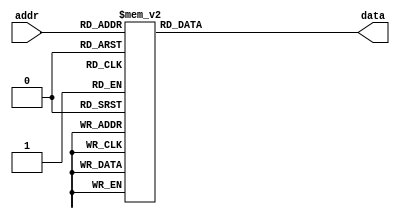
module hash_rom(input wire [2:0] addr,
                output reg [31:0] data );
   // data is the hash of the user's pass
   // addr is the address of where the pass is at aka the user database row number
   
	// Module body
    always@(*) begin
        case(addr)
            3'd0: data = 32'hDC1A2C9E;
            3'd1: data = 32'hDC2EA8E4;
            3'd2: data = 32'h355FACC3;
            3'd3: data = 32'hAAF4ADC9;
            3'd4: data = 32'h13D41CED;
            3'd5: data = 32'h7EBCF8A8;
            3'd6: data = 32'hF3CDDB9B;
            3'd7: data = 32'h9948E6BE;
            default: data = 0;
        endcase
    end
endmodule